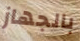
بالجهاز